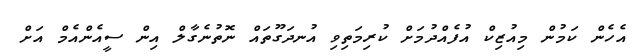
އެހެން ކަމުން މިއުޒިކް އުފެއްދުމަށް ކުރިމަތިވި އުނދަގޫތައް ނޮތުނެގާލް އިން ސީއެންއެމް އަށް